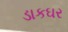
ડાકઘર